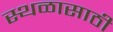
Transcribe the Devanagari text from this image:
स्थळासाठी